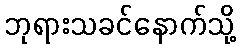
ဘုရားသခင်နောက်သို့